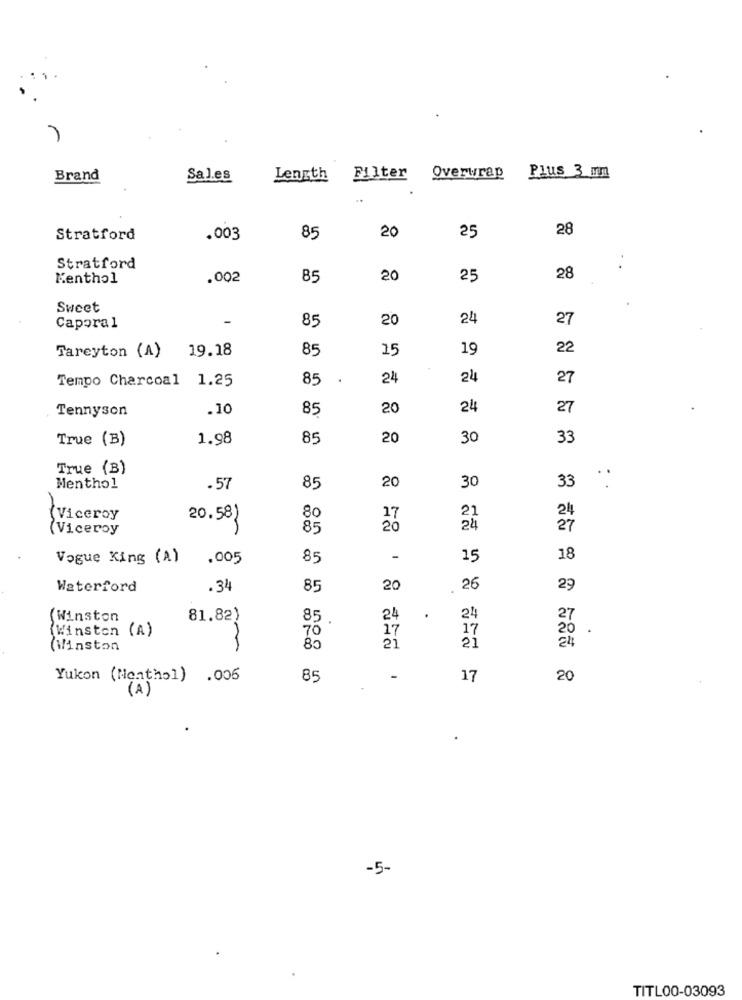
Plus 3 mm
Brand
Sales
Length Filter
Overwrap
..
20
25
28
Stratford
.003
85
Stratford
Menthol
.002
85
20
25
28
Sweet
-
85
20
24
27
Caporal
19.18
85
15
19
22
Tareyton (A)
Tempo Charcoal 1.25
85
24
24
27
Tennyson
.10
85
20
24
27
True (B)
1.98
85
20
30
33
True (B)
20
..
Menthol
.57
85
30
33
21
24
{Viceroy
20.58)
80
(Viceroy
85
24
27
Vogue King (A)
.005
85
1
15
18
Waterford
. 34
85
20
26
29
27
(Winston
81.82)
85
24
.
24
Winston (A)
70
17
17
20
.
24
(Winston
85
21
21
Yukon (Menthol) .006
85
17
20
(A)
-5-
TITL00-03093